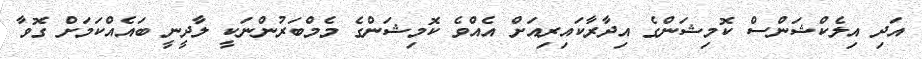
އަދި އިލެކްޝަންސް ކޮމިޝަންގެ އިދާރާކައިރިއަށް އެއްވެ ކޮމިޝަންގެ މެމްބަރުންނަކީ ލާދީނީ ބައެއްކަމަށް ގޮވާ